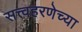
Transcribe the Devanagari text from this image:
सत्त्वहरणेच्या